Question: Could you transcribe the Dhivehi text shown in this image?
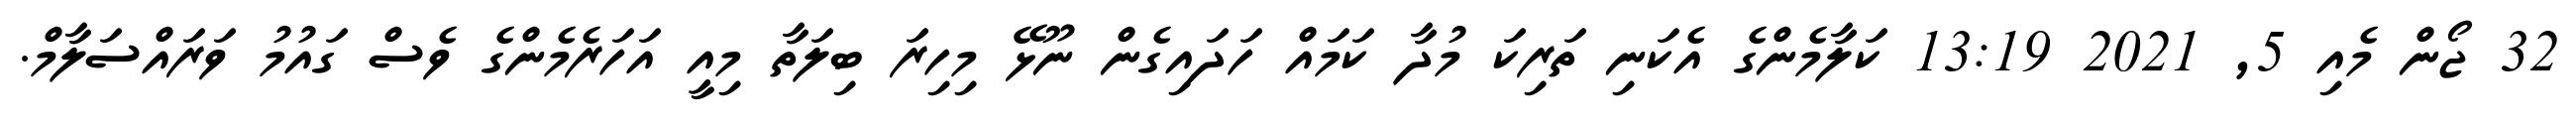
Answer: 32 ޖޯން މެއި 5, 2021 13:19 ކަލާމެންގެ އެކަނި ތަރިކަ މުދާ ކަމައް ހަދައިގެން ނޫޅޭ މިހިރަ ބިލަތާ މިއީ އަހަރެމެންގެ ވެސް ގައުމު ވަރައްސަލާމް.